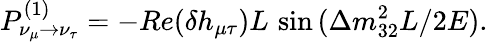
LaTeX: P_{\nu_{\mu}\rightarrow\nu_{\tau}}^{(1)}=-Re(\delta h_{\mu\tau})L\, \sin{(\Delta m_{32}^{2}L/2E)}.